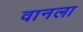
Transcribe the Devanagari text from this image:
वानला